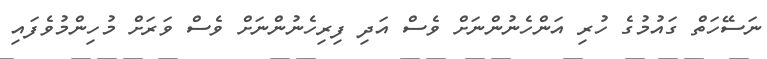
ނަސޭހަތް ގައުމުގެ ހުރި އަންހެނުންނަށް ވެސް އަދި ފިރިހެނުންނަށް ވެސް ވަރަށް މުހިންމުވެފައި